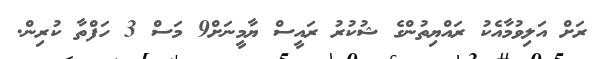
ރަށް އަލިވުމާއެކު ރައްޔިތުންގެ ޝުކުރު ރައީސް ޔާމީނަށް9 މަސް 3 ހަފްތާ ކުރިން.